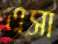
এসা